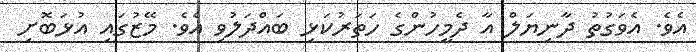
އެވެ. އެވަގުތު ދާނިޔަލް އާ ދެމީހުންގެ ހަތަރުކަޅި ބައްދަލުވި އެވެ. މޭޒުގައި އުޅަބޮށި